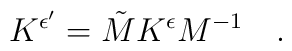
K^{\epsilon '} = \tilde{M} K^{\epsilon} M^{-1} \quad .